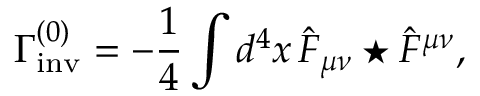
\Gamma _ { \mathrm { i n v } } ^ { ( 0 ) } = - \frac { 1 } { 4 } \int d ^ { 4 } x \, \hat { F } _ { \mu \nu } \star \hat { F } ^ { \mu \nu } ,